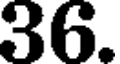
36.